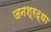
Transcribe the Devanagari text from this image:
जनश्रद्धा